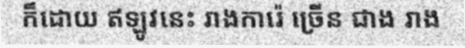
ក៏ដោយ ឥឡូវនេះ រាងការ៉េ ច្រើន ជាង រាង